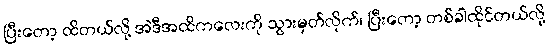
ပြီးတော့ ထိတယ်လို့ အဲဒီအထိကလေးကို သွားမှတ်လိုက်၊ ပြီးတော့ တစ်ခါထိုင်တယ်လို့